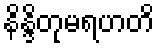
နိန္ဒိတုမရဟတိ